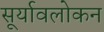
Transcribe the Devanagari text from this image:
सूर्यावलोकन